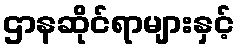
ဌာနဆိုင်ရာများနှင့်